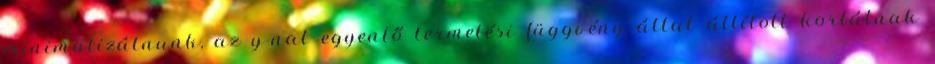
minimalizálnunk, az y-nal egyenlő termelési függvény által állított korlátnak